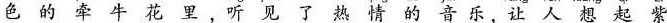
色的牵牛花里听见了热情的音乐，让人想起紫